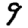
Digit: 9